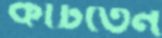
কাটতেন